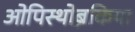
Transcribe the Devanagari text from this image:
ओपिस्थोब्रैंकिया